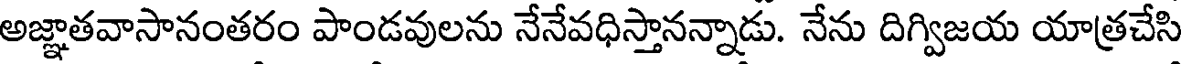
అజ్ఞాతవాసానంతరం పాండవులను నేనేవధిస్తానన్నాడు. నేను దిగ్విజయ యాత్రచేసి